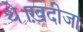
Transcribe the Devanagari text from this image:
थे।ख़दीजा